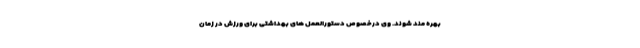
بهره مند شوند. وی درخصوص دستورالعمل های بهداشتی برای ورزش در زمان